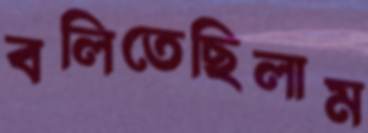
বলিতেছিলাম